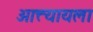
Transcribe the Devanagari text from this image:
आत्त्यायला